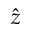
\hat { z }